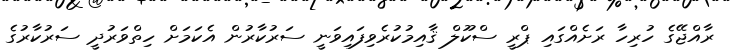
ރާއްޖޭގެ ހުރިހާ ރަށެއްގައި ޕްރީ ސްކޫލް ޤާއިމުކުރެވިފައިވަނީ ސަރުކާރުން އެކަމަށް ހިތްވަރުދީ ސަރުކާރުގެ